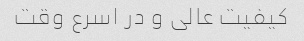
کیفیت عالی و در اسرع وقت